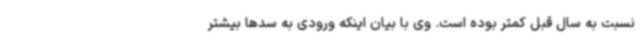
نسبت به سال قبل کمتر بوده است. وی با بیان اینکه ورودی به سدها بیشتر